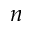
n